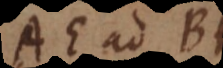
AE ad BF,